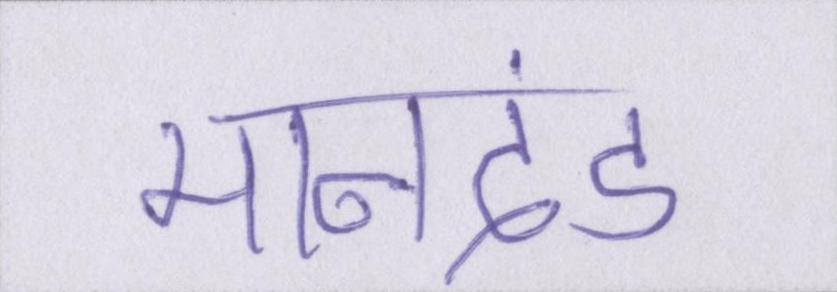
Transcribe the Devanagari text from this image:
मानदंड